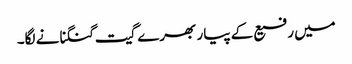
میں رفیع کے پیار بھرے گیت گنگنانے لگا۔